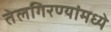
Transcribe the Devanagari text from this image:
तेलगिरण्यांमध्ये